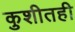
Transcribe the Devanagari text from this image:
कुशीतही